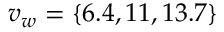
v _ { w } = \{ 6 . 4 , 1 1 , 1 3 . 7 \}